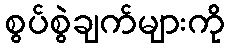
စွပ်စွဲချက်များကို